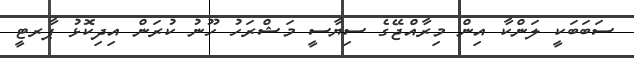
ސަބަބަކީ ލަންކާ އިން މިރާއްޖޭގެ ސިޔާސީ މަޝްރަހު ހޫނު ކުރަން އިދިކޮޅު ޕާރޓީ